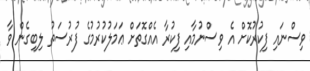
ވިސްނައި ފިކުރުކޮށް އެ ވިސްނުމާއި ފިކުރާ އެއްގޮތަށް ޢަމަލުކުރުމުގެ ފުރުސަތު ލިބިގެން ވާ